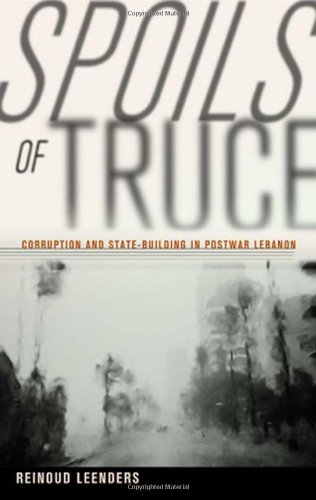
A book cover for Spoils of Truce: Corruption and State-Building in Postwar Lebanon; Reinoud Leenders; History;